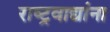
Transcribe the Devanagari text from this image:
राष्ट्रवाद्यांना